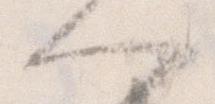
へ